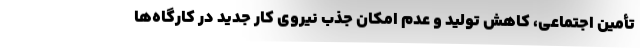
تأمین اجتماعی، کاهش تولید و عدم امکان جذب نیروی کار جدید در کارگاه‌ها